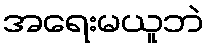
အရေးမယူဘဲ